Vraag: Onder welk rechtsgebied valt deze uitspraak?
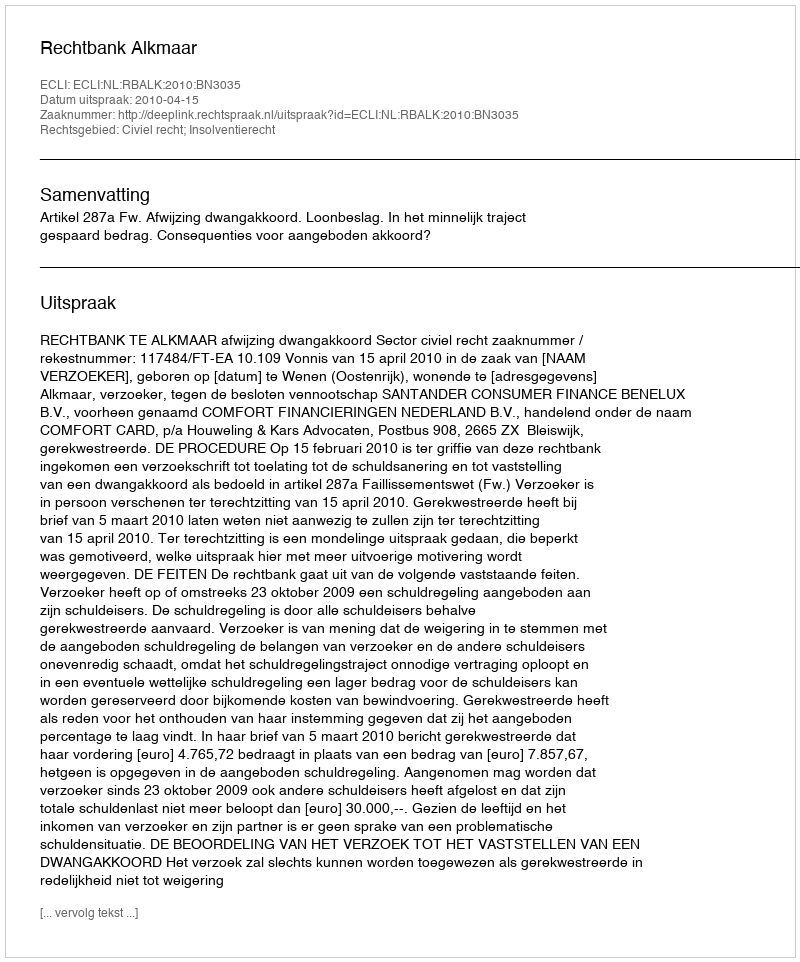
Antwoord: Civiel recht; Insolventierecht